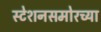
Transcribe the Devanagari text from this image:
स्टेशनसमोरच्या